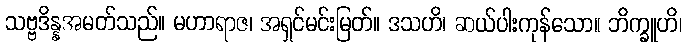
သဗ္ဗဒိန္နအမတ်သည်။ မဟာရာဇ၊ အရှင်မင်းမြတ်။ ဒသဟိ၊ ဆယ်ပါးကုန်သော။ ဘိက္ခူဟိ၊